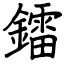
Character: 鐳